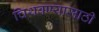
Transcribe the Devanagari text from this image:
चिथवण्यासाठी